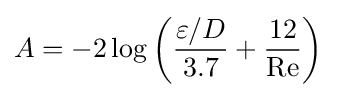
A=-2\log \left({\frac {\varepsilon /D}{3.7}}+{12 \over \mathrm {Re} }\right)